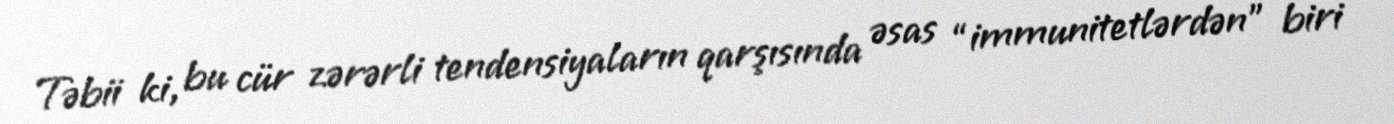
Təbii ki, bu cür zərərli tendensiyaların qarşısında əsas “immunitetlərdən” biri